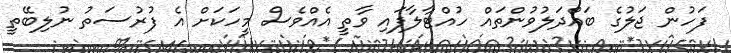
ފަހުން ޖަލުގެ ބައްދަލުވުންތައް ހުއްޓާލާފައި ވާތީ އެއްވެސް މީހަކަށް އެ ފުރުސަތު ނުލިބޭތީ